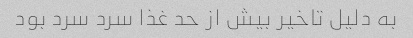
به دلیل تاخیر بیش از حد غذا سرد سرد بود